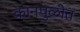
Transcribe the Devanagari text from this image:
कानपुळीत